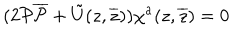
( 2 { \cal P } { \overline { { { \cal P } } } } + \tilde { U } ( z , \overline { { { z } } } ) ) \chi ^ { a } ( z , \overline { { { z } } } ) = 0